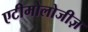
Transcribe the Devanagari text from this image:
एटीमोलोजीज़